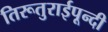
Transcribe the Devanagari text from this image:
तिरूतुराईपून्दी